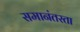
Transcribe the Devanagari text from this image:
समानंतरता